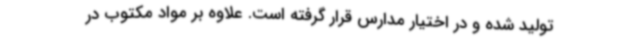
تولید شده و در اختیار مدارس قرار گرفته است. علاوه بر مواد مکتوب در